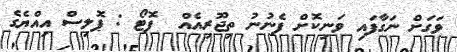
ވަގަށް ނަގާފައި ވަނިކޮށް ފެނުނު ތިޖޫރިއެއް  ފޮޓޯ : ޕޮލިސް އިއްޔެގެ